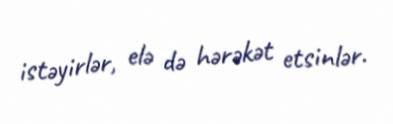
istəyirlər, elə də hərəkət etsinlər.